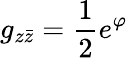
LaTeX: g_{z\bar{z}}=\frac{1}{2}e^{\varphi}